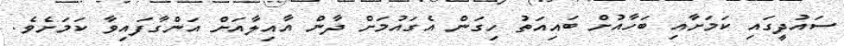
ސައުދީގައި ކަމަށާއި ބަހާއުށް ބައިއަތު ހިގަން އެގައުމަށް ދާން އާއިލާއަށް އަންގާފައިވާ ކަމަށެވެ.